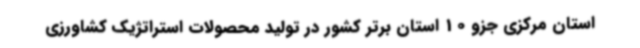
استان مرکزی جزو 10 استان برتر کشور در تولید محصولات استراتژیک کشاورزی